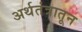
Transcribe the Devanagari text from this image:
अर्थतंत्रातून